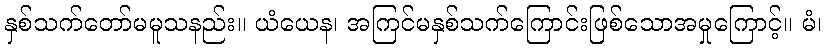
နှစ်သက်တော်မမူသနည်း။ ယံယေန၊ အကြင်မနှစ်သက်ကြောင်းဖြစ်သောအမှုကြောင့်။ မံ၊